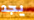
يجد